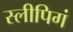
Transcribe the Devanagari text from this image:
स्लीपिगं